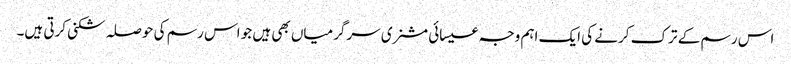
اس رسم کے ترک کرنے کی ایک اہم وجہ عیسائی مشنری سرگرمیاں بھی ہیں جو اس رسم کی حوصلہ شکنی کرتی ہیں۔